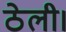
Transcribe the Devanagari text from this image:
ठेली।